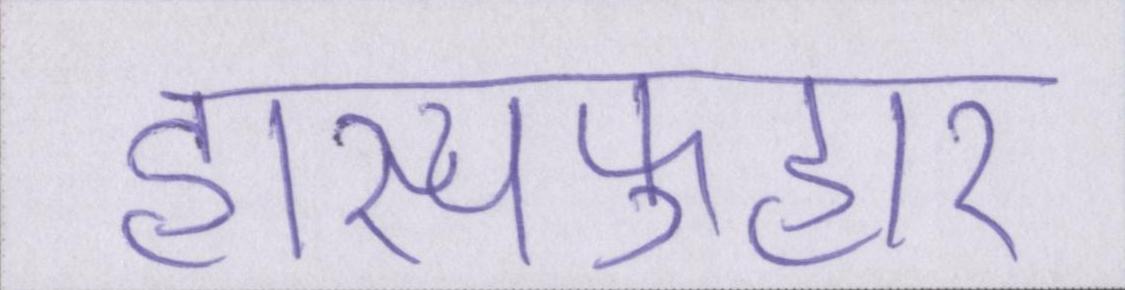
हास्यफुहार